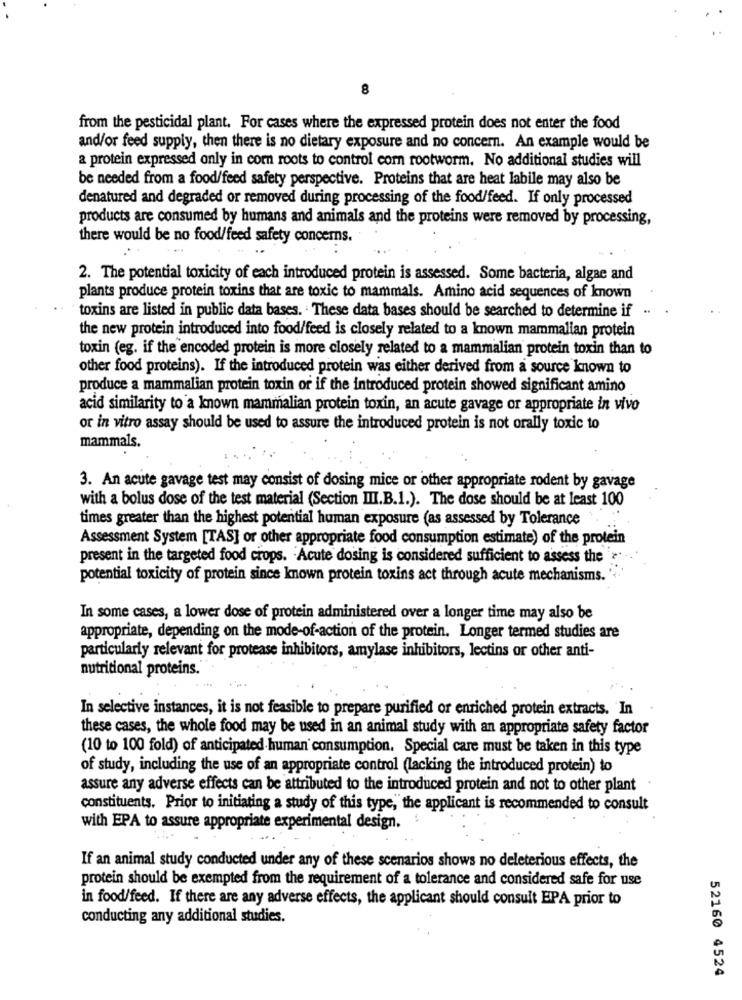
8
from the pesticidal plant. For cases where the expressed protein does not enter the food
and/or feed supply, then there is no dietary exposure and no concern. An example would be
a protein expressed only in corn roots to control corn rootworm. No additional studies will
be needed from a food/feed safety perspective. Proteins that are heat labile may also be
denatured and degraded or removed during processing of the food/feed. If only processed
products are consumed by humans and animals and the proteins were removed by processing,
there would be no food/feed safety concerns.
2. The potential toxicity of each introduced protein is assessed. Some bacteria, algae and
plants produce protein toxins that are toxic to mammals. Amino acid sequences of known
toxins are listed in public data bases. These data bases should be searched to determine if ..
the new protein introduced into food/feed is closely related to a known mammalian protein
toxin (eg. if the encoded protein is more closely related to a mammalian protein toxin than to
other food proteins). If the introduced protein was either derived from a source known to
produce a mammalian protein toxin or if the introduced protein showed significant amino
acid similarity to a known mammalian protein toxin, an acute gavage or appropriate in vivo
or in vitro assay should be used to assure the introduced protein is not orally toxic to
mammals.
3. An acute gavage test may consist of dosing mice or other appropriate rodent by gavage
with a bolus dose of the test material (Section III.B.1.). The dose should be at least 100
times greater than the highest potential human exposure (as assessed by Tolerance
Assessment System [TAS] or other appropriate food consumption estimate) of the protein
present in the targeted food crops. Acute dosing is considered sufficient to assess the r
potential toxicity of protein since known protein toxins act through acute mechanisms.
In some cases, a lower dose of protein administered over a longer time may also be
appropriate, depending on the mode-of-action of the protein. Longer termed studies are
particularly relevant for protease inhibitors, amylase inhibitors, lectins or other anti-
nutritional proteins.
In selective instances, it is not feasible to prepare purified or enriched protein extracts. In
.
these cases, the whole food may be used in an animal study with an appropriate safety factor
(10 to 100 fold) of anticipated human consumption. Special care must be taken in this type
of study, including the use of an appropriate control (lacking the introduced protein) to
assure any adverse effects can be attributed to the introduced protein and not to other plant
constituents. Prior to initiating a study of this type," the applicant is recommended to consult
with EPA to assure appropriate experimental design.
If an animal study conducted under any of these scenarios shows no deleterious effects, the
protein should be exempted from the requirement of a tolerance and considered safe for use
in food/feed. If there are any adverse effects, the applicant should consult EPA prior to
conducting any additional studies.
52160 4524